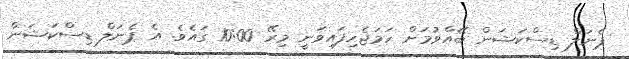
ޕެނަލް ޑިސްކަޝަން ބޭއްވުމަށް ހަމަޖެހިފައިވަނީ މިރޭ 10:00 ގައެވެ. އެ ޕެނަަލް ޑިސްކަޝަން